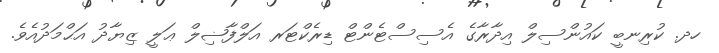
ހދ. ކުރިނބީ ކައުންސިލް އިދާރާގެ އެސިސްޓެންޓް ޑިރެކްޓަރ އަލްފާޟިލް ޢަލީ ޒިޔާދު އަޙްމަދުއެވެ.